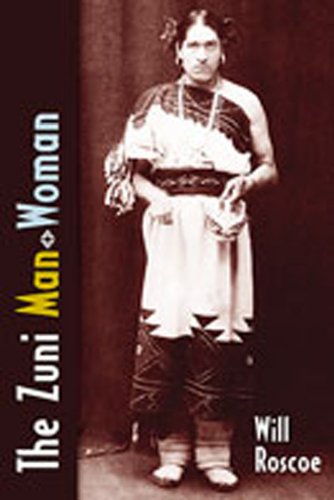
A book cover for The Zuni Man-Woman; Will Roscoe; Gay & Lesbian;